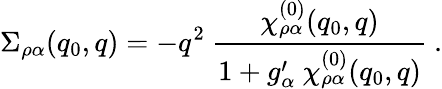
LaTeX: \Sigma_{\rho\alpha}(q_{0},q)=-q^{2}\ \frac{\chi_{\rho\alpha}^{(0)}(q_{0},q)}{1+g_{\alpha}^{\prime}\ \chi_{\rho\alpha}^{(0)}(q_{0},q)}\ .